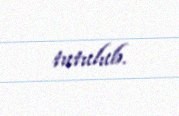
tutulub.